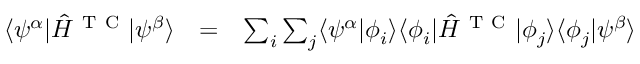
\begin{array} { c c l } { \langle \psi ^ { \alpha } | \hat { H } ^ { \mathrm { ~ T ~ C ~ } } | \psi ^ { \beta } \rangle } & { = } & { \sum _ { i } \sum _ { j } \langle \psi ^ { \alpha } | \phi _ { i } \rangle \langle \phi _ { i } | \hat { H } ^ { \mathrm { ~ T ~ C ~ } } | \phi _ { j } \rangle \langle \phi _ { j } | \psi ^ { \beta } \rangle } \end{array}